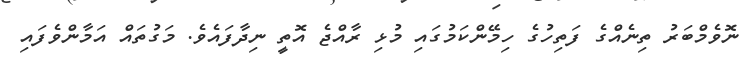
ނޮވެމްބަރު ތިނެއްގެ ފަތިހުގެ ހިމޭންކަމުގައި މުޅި ރާއްޖެ އޮތީ ނިދާފައެވެ. މަގުތައް އަމާންވެފައި